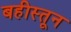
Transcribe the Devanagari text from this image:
बहीस्तून